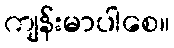
ကျန်းမာပါစေ။